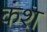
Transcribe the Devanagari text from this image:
कंश